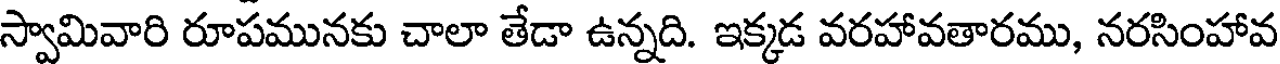
స్వామివారి రూపమునకు చాలా తేడా ఉన్నది. ఇక్కడ వరహావతారము, నరసింహావ